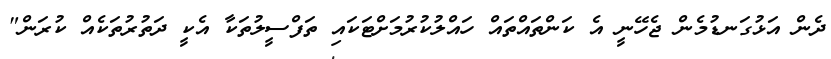
ދެން އަޅުގަނޑުމެން ޖެހޭނީ އެ ކަންތައްތައް ހައްލުކުރުމަށްޓަކައި ތަފްސީލުތަކާ އެކީ ދަތުރުތަކެއް ކުރަން"